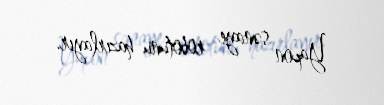
Yapon sənaye robotunu hazırlayır.